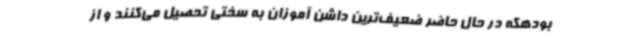
بودهکه در حال حاضر ضعیف‌ترین داشن آموزان به سختی تحصیل می‌کنند و از